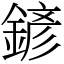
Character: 𨩱